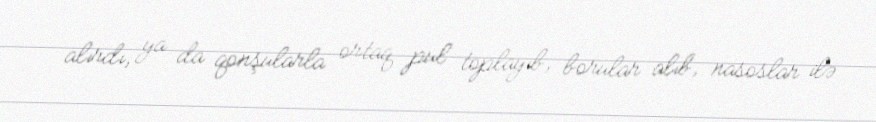
alırdı, ya da qonşularla ortaq pul toplayıb, borular alıb, nasoslar ilə